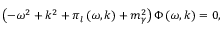
\left( - \omega ^ { 2 } + k ^ { 2 } + \pi _ { l } \left( \omega , k \right) + m _ { \gamma } ^ { 2 } \right) \Phi \left( \omega , k \right) = 0 ,